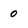
Character: 0